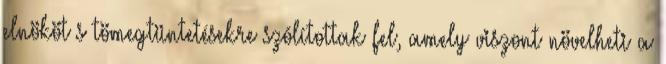
elnököt s tömegtüntetésekre szólítottak fel, amely viszont növelheti a